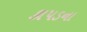
કાપડના